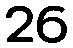
26